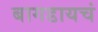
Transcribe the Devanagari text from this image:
बागडायचं